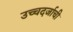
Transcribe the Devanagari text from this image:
उच्चदर्जाची